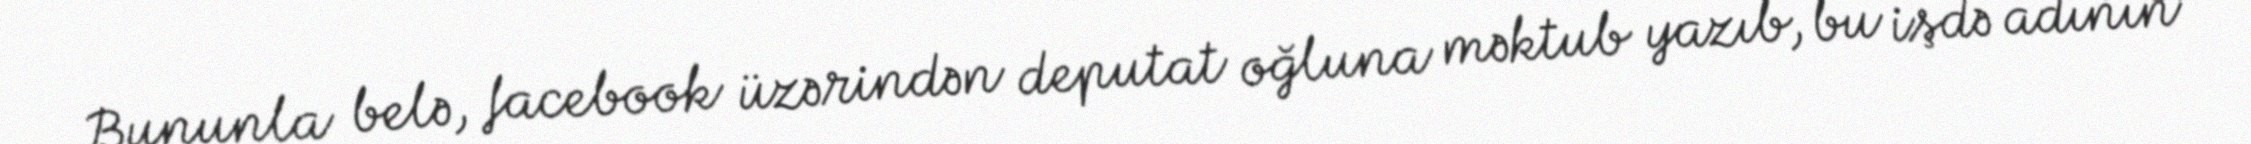
Bununla belə, facebook üzərindən deputat oğluna məktub yazıb, bu işdə adının